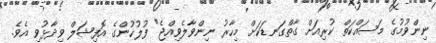
ނިންވުމުގެ މަސައްކަތް ކުރިއަށް ގާތްގަނޑަކަށް މިހާރު ނިންވާލެވިއްޖެ" ފުލުހުންގެ އޮފިޝަލް ވިދާޅުވި އެވެ.